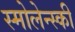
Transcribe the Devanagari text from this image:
स्मोलेन्स्की